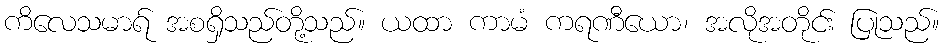
ကိလေသမာရ် အစရှိသည်တို့သည်။ ယထာ ကာမံ ကရဏီယော၊ အလိုအတိုင်း ပြုသည်။